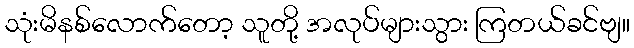
သုံးမိနစ်လောက်တော့ သူတို့ အလုပ်များသွား ကြတယ်ခင်ဗျ။